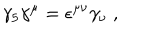
\gamma _ { 5 } \gamma ^ { \mu } = \epsilon ^ { \mu \nu } \gamma _ { \nu } \; ,